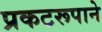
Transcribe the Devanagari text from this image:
प्रकटरूपाने